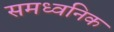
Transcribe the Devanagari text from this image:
समध्वनिक